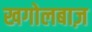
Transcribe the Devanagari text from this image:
खगोलबाज़